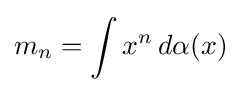
m_{n}=\int x^{n}\,d\alpha (x)